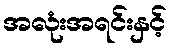
အလုံးအရင်းနှင့်